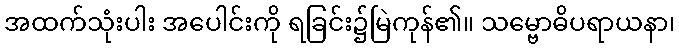
အထက်သုံးပါး အပေါင်းကို ရခြင်း၌မြဲကုန်၏။ သမ္ဗောဓိပရာယနာ၊